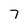
Character: 7